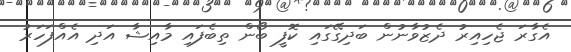
އެގާރަ ޖެހިއިރު ދެޒުވާނުން ބަދިގޭގައި ކޮފީ ބޯން ތިބެފައި މާއިޝާ އަދި އެއްފަހަރު